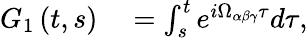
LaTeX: \begin{array}{rl}{G_{1}\left(t,s\right)}&{{}=\int_{s}^{t}e^{i\Omega_{\alpha\beta\gamma}\tau}d\tau,}\end{array}